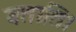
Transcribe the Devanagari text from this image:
बताति।